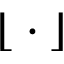
\lfloor { } \cdot { } \rfloor